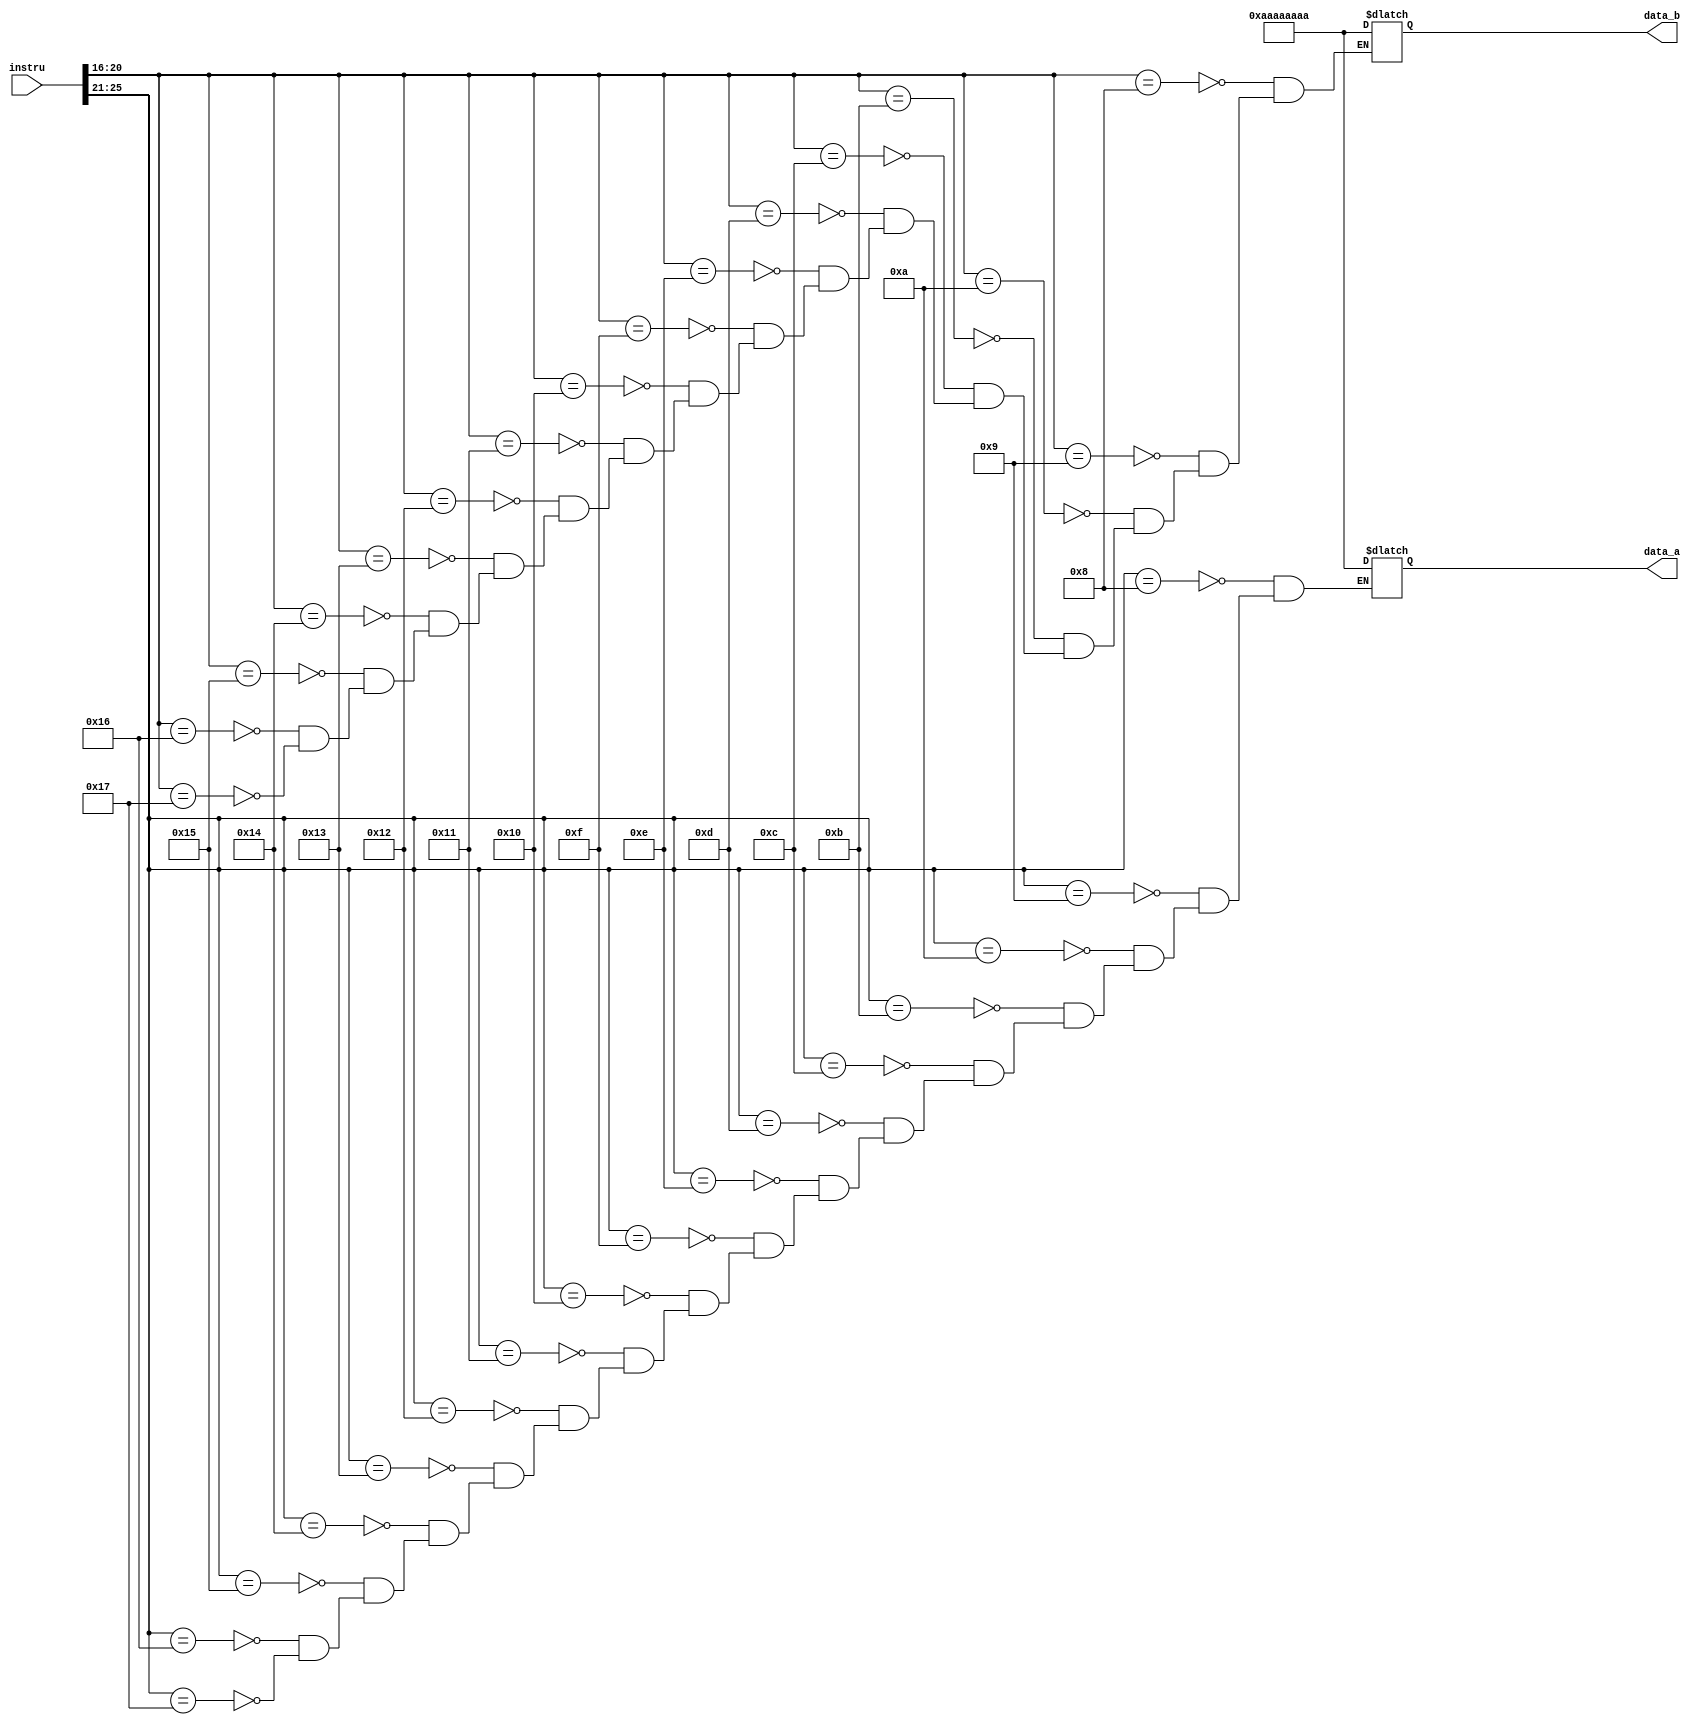
module read(instru,data_a,data_b);
   input [31:0] instru;
   output [31:0] data_a,data_b;
   reg [31:0] data_a, data_b;
   reg [31:0] 	s0=32'haaaaaaaa,s1=32'haaaaaaaa,s2=32'haaaaaaaa,s3=32'haaaaaaaa,s4=32'haaaaaaaa,s5=32'haaaaaaaa,s6=32'haaaaaaaa,s7=32'haaaaaaaa,t0=32'haaaaaaaa,t1=32'haaaaaaaa,t2=32'haaaaaaaa,t3=32'haaaaaaaa,t4=32'haaaaaaaa,t5=32'haaaaaaaa,t6=32'haaaaaaaa,t7=32'haaaaaaaa,ra=32'haaaaaaaa;
always@(instru)
  begin
   case(instru[25:21])
         5'b01000: data_a=t0 ;
         5'b01001: data_a=t1 ;
         5'b01010: data_a=t2 ;
         5'b01011: data_a=t3 ;
         5'b01100: data_a=t4 ;
         5'b01101: data_a=t5 ;
         5'b01110: data_a=t6 ;
         5'b01111: data_a=t7 ;
         5'b10000: data_a=s0 ;
         5'b10001: data_a=s1 ;
         5'b10010: data_a=s2 ;
         5'b10011: data_a=s3 ;
         5'b10100: data_a=s4 ;
         5'b10101: data_a=s5 ;
         5'b10110: data_a=s6 ;
         5'b10111: data_a=s7 ;

	
   endcase // case(instru[25:21])
   	 
      case(instru[20:16])
         5'b01000: data_b=t0 ;
         5'b01001: data_b=t1 ;
         5'b01010: data_b=t2 ;
         5'b01011: data_b=t3 ;
         5'b01100: data_b=t4 ;
         5'b01101: data_b=t5 ;
         5'b01110: data_b=t6 ;
         5'b01111: data_b=t7 ;
         5'b10000: data_b=s0 ;
         5'b10001: data_b=s1 ;
         5'b10010: data_b=s2 ;
         5'b10011: data_b=s3 ;
         5'b10100: data_b=s4 ;
         5'b10101: data_b=s5 ;
         5'b10110: data_b=s6 ;
         5'b10111: data_b=s7 ;

	  endcase // case(instru[20:16])
	  
      
   end
		endmodule